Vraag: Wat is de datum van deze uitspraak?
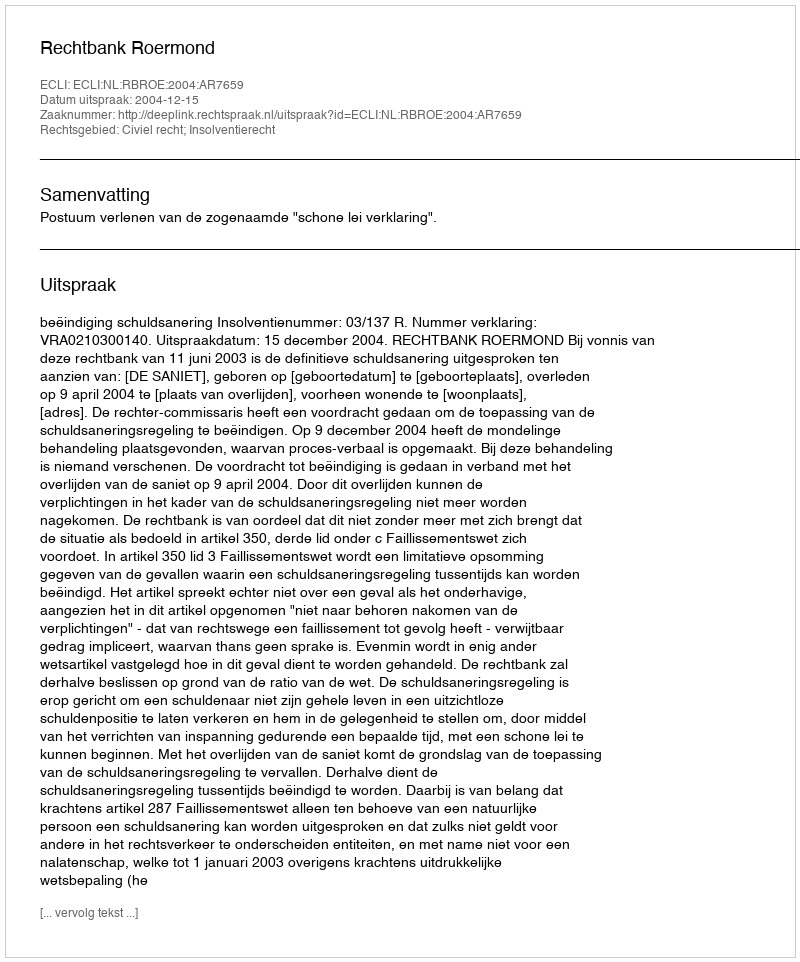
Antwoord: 2004-12-15